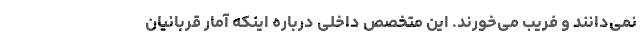
نمی‌دانند و فریب می‌خورند. این متخصص داخلی درباره اینکه آمار قربانیان